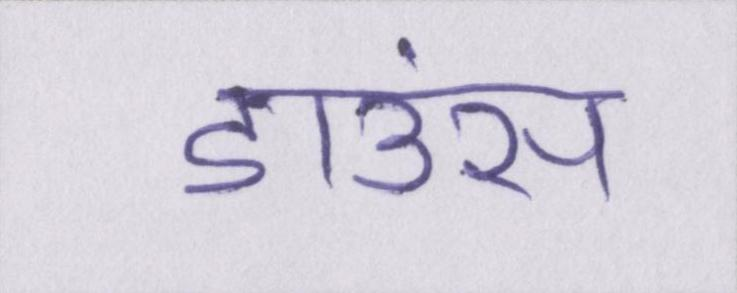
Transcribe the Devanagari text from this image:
डाउंस